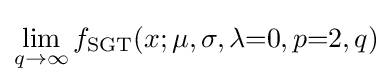
\lim _{q\to \infty }f_{\text{SGT}}(x;\mu ,\sigma ,\lambda {=}0,p{=}2,q)